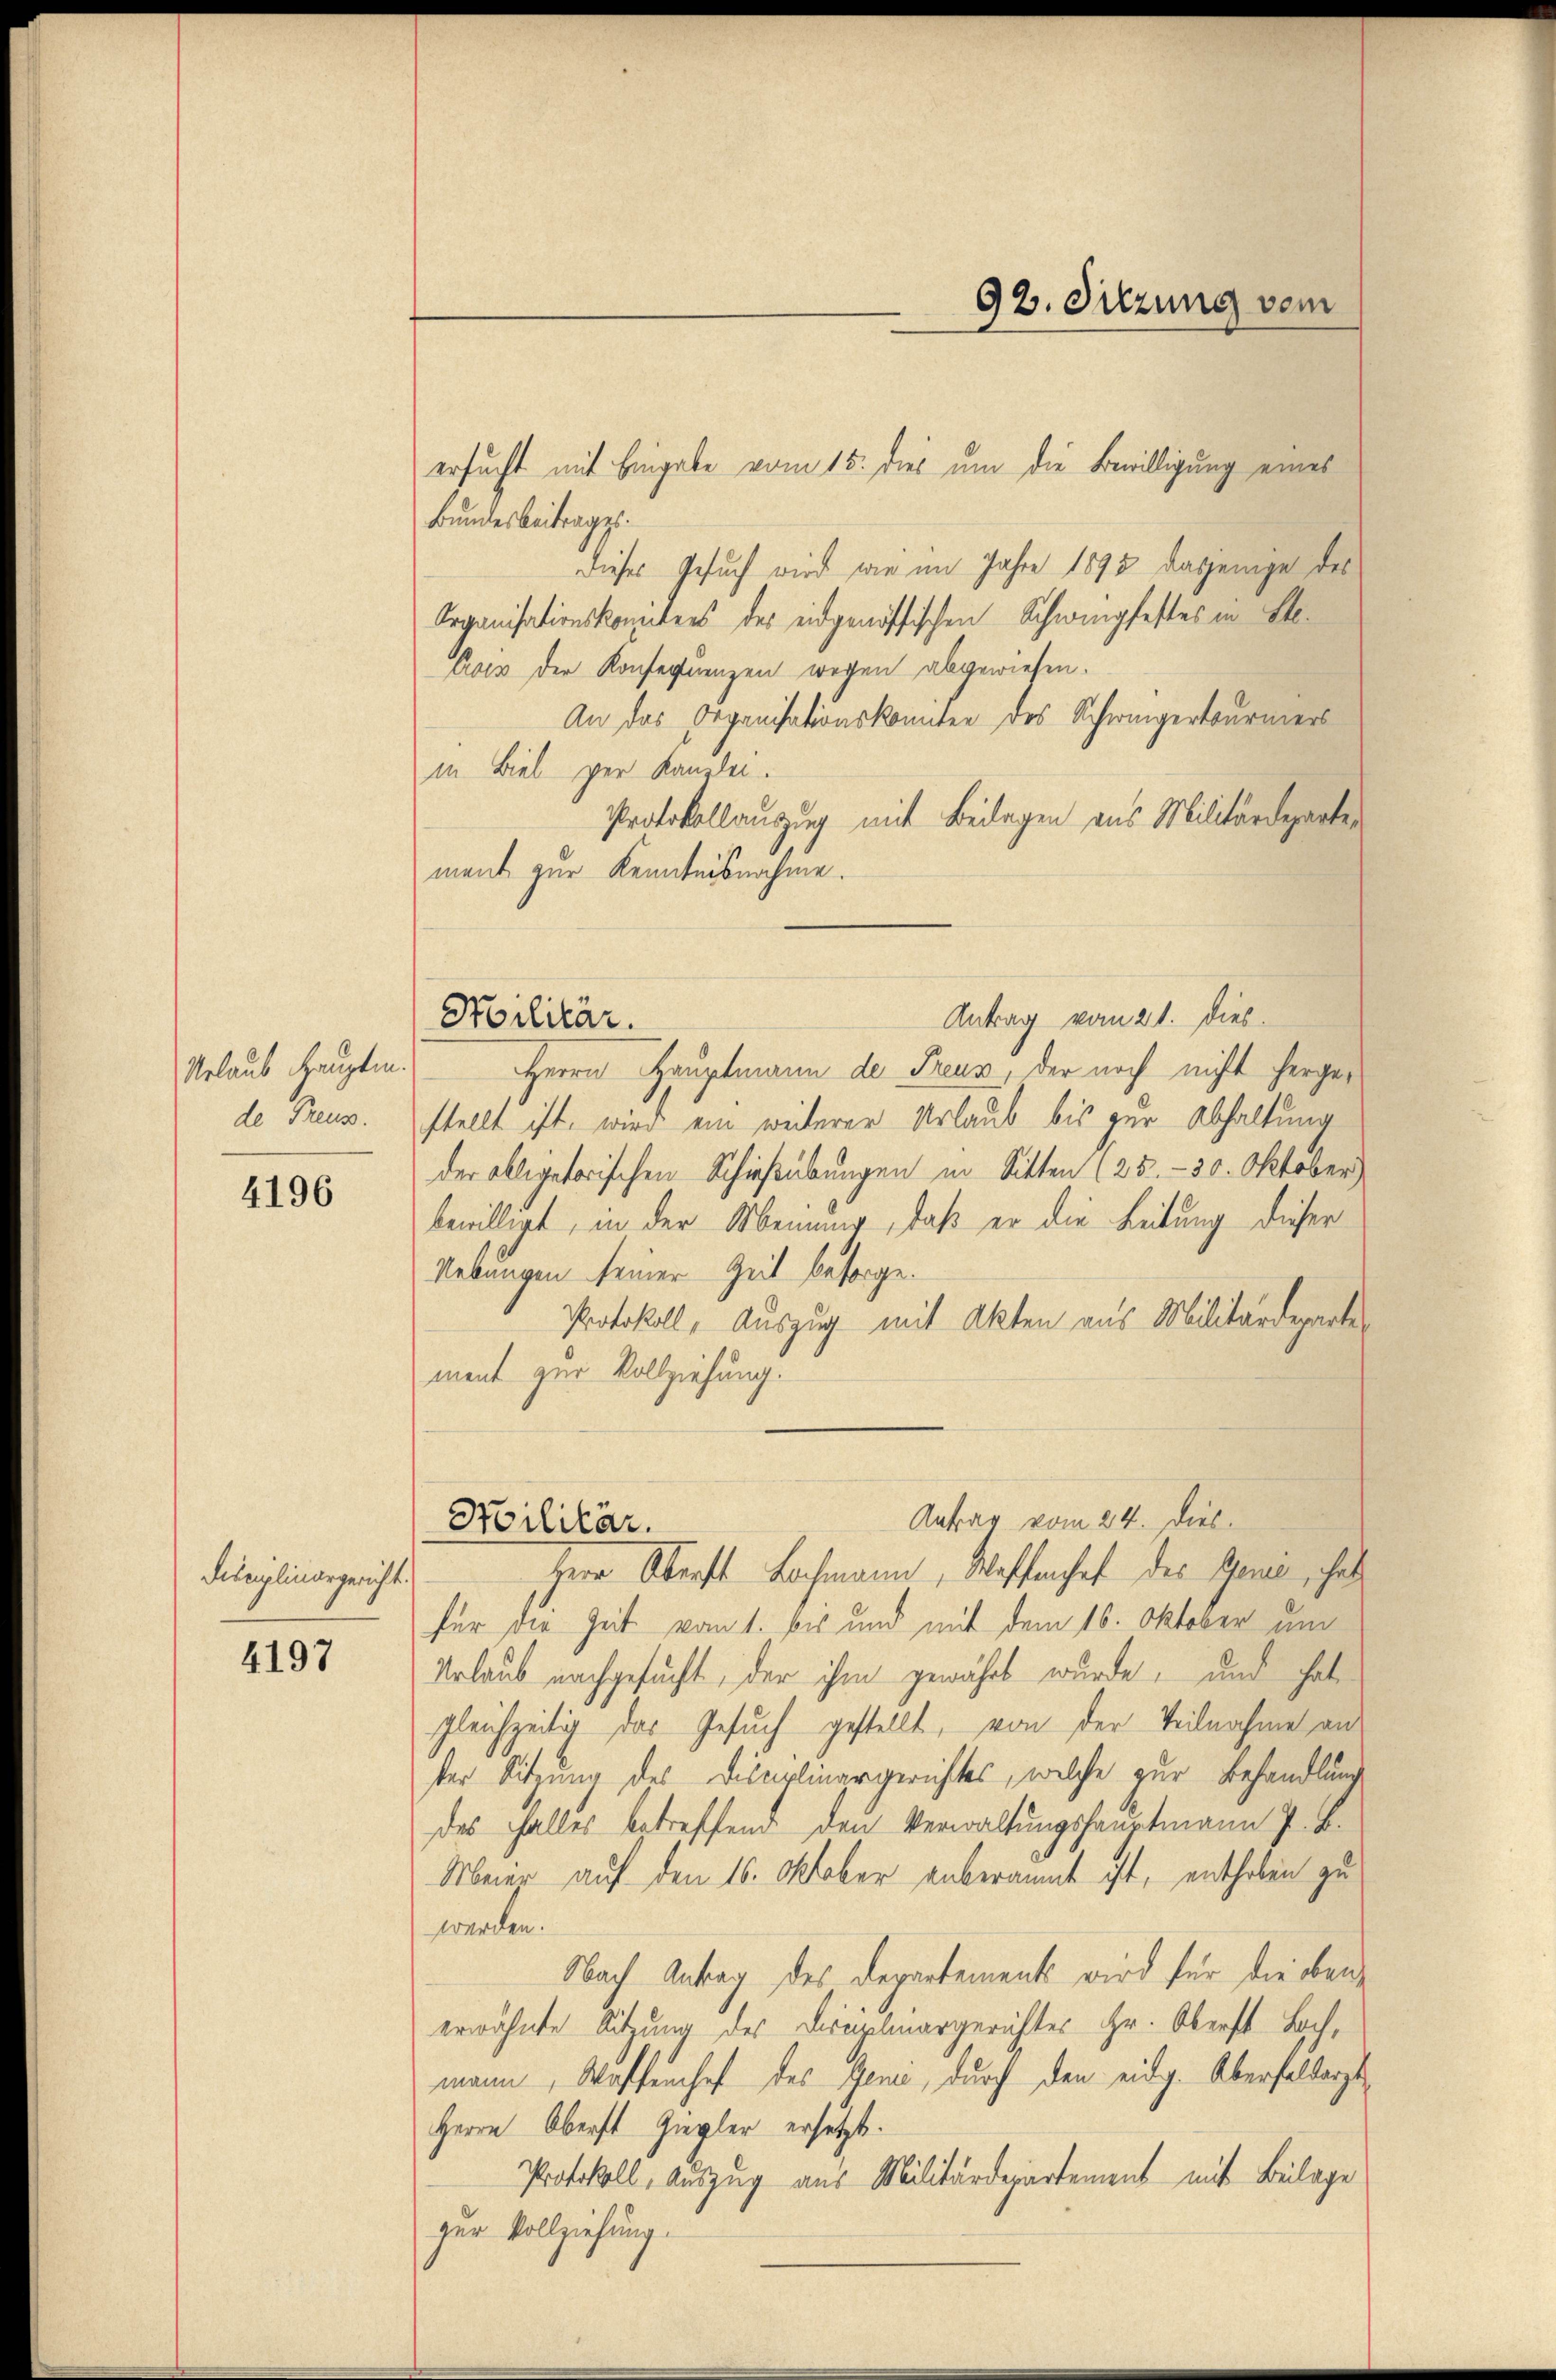
Urlaub haupten.
de Treues.

4196

Disciplinargericht.

4197

ersucht mit Eingabe vom 15. dies um die Bewilligung eines

92. Sitzung vom

Bundesbeitrages.
Dieses Gesuch wird wie im Jahre 1893 dasjenige des
Organisationskonntens des eidgenössischen Schwingfestes in Ste
crois der Konsequenzen wegen abgewiesen.
An das Organisationskonnten des Schwingertourners
in Biel per Kanzlei.
Protokollauzung mit Beilagen aus Militärdeparten
ment zur Kenntnisnahme.
Antrag vom 21. dies
Hoilitär.
Herrn Hauptmann de Freun, der noch nicht hergestellt ist, wird ein weiterer Urlaub bis zur Abhaltung
der obligatorischen Schießübungen in Sitten (25.- 30. Oktober
bewilligt, in der Meinung, daß er die Leitung dieser
Nebungen seiner Zeit besorge.
Protokoll, Auszug mit Akten aus Militärdeparte
ment zur Vollziehung.

Antrag vom 24. Dies
Soilitär.
Herr Oberst Lochmann, Waffenhef des Gener, hat

für die Zeit vom 1. bis und mit dem 16. Oktober und
Urlaub nachgesucht, der ihm gewährt wurde, und hat
gleichzeitig das Gesuch gestellt, von der Teilnahme an
ster Sitzung des Disciplinargerichtes, welche zur Behandlung
des Falles betreffend den Verwaltungshauptmann J. B.
Meier auf den 16. Oktober anberaumt ist, enthoben zu
werden.
Nach Antrag des Departement wird für die oben
erwähnte Sitzung des Dreiplinargerichtes Hr. Oberst Bachmann, Waffenhof des Gene, durch den eidg. Überselbergs¬
Herrn Oberst Ziegler ersetzte.
Protokoll, Auszug aus Militärdepartement mit Beilage
zer Vollziehung.